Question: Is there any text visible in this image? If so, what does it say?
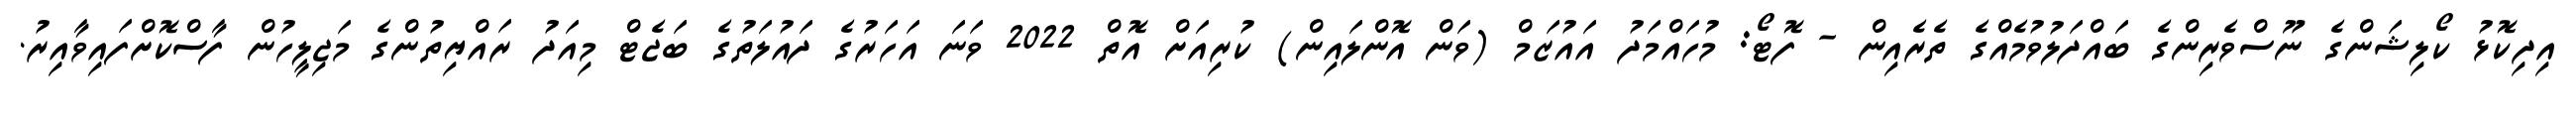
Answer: އިދިކޮޅު ކޯލިޝަންގެ ނޫސްވެރިންގެ ބައްދަލުވުމެއްގެ ތެރެއިން - ފޮޓޯ: މުހައްމަދު އައުޒަމް (ވަން އޮންލައިން) ކުރިއަށް އޮތް 2022 ވަނަ އަހަރުގެ ދައުލަތުގެ ބަޖެޓް މިއަދު ރައްޔިތުންގެ މަޖިލީހުން ފާސްކޮށްފައިވާއިރު.